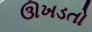
ઊખડતો